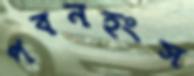
পবনহংস